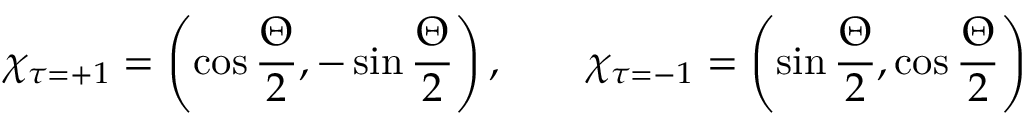
\chi _ { \tau = + 1 } = \left( \cos \frac { \Theta } { 2 } , - \sin \frac { \Theta } { 2 } \right) , \qquad \chi _ { \tau = - 1 } = \left( \sin \frac { \Theta } { 2 } , \cos \frac { \Theta } { 2 } \right)